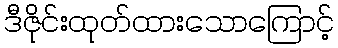
ဒီဇိုင်းထုတ်ထားသောကြောင့်